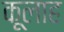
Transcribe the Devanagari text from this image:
कूलाह